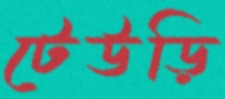
টেউড়ি